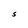
Character: S